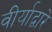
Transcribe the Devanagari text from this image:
वीर्याद्वारे